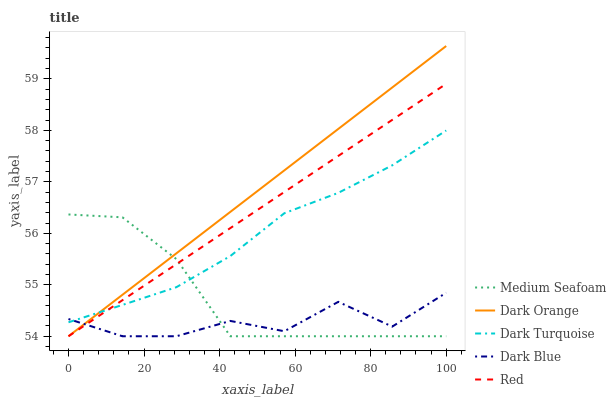
| xaxis_label | Medium Seafoam | Dark Orange | Dark Turquoise | Dark Blue | Red |
 | --- | --- | --- | --- | --- | --- |
 | 0 | 56.4 | 54 | 54.3 | 54.3 | 54 |
 | 14.3 | 56.3 | 54.8 | 54.6 | 54 | 54.7 |
 | 28.6 | 55.5 | 55.6 | 55 | 54 | 55.4 |
 | 42.9 | 54 | 56.4 | 55.6 | 54.3 | 56.1 |
 | 57.1 | 54 | 57.2 | 56.4 | 54.1 | 56.8 |
 | 71.4 | 54 | 58 | 56.8 | 54.7 | 57.5 |
 | 85.7 | 54 | 58.8 | 57.3 | 54.2 | 58.2 |
 | 100 | 54 | 59.6 | 58 | 54.8 | 58.9 |